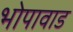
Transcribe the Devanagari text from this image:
भोपावाड